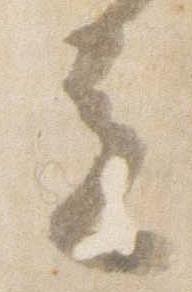
立